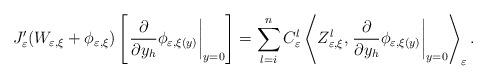
LaTeX: \begin{align*}J_{\varepsilon}^{\prime}(W_{\varepsilon,\xi}+\phi_{\varepsilon,\xi})\left[\left. \frac{\partial}{\partial y_{h}}\phi_{\varepsilon,\xi(y)}\right\vert_{y=0}\right] =\sum_{l=i}^{n}C_{\varepsilon}^{l}\left\langle Z_{\varepsilon,\xi}^{l},\left. \frac{\partial}{\partial y_{h}}\phi_{\varepsilon,\xi(y)}\right\vert _{y=0}\right\rangle _{\varepsilon}.\end{align*}